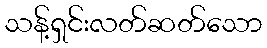
သန့်ရှင်းလတ်ဆတ်သော